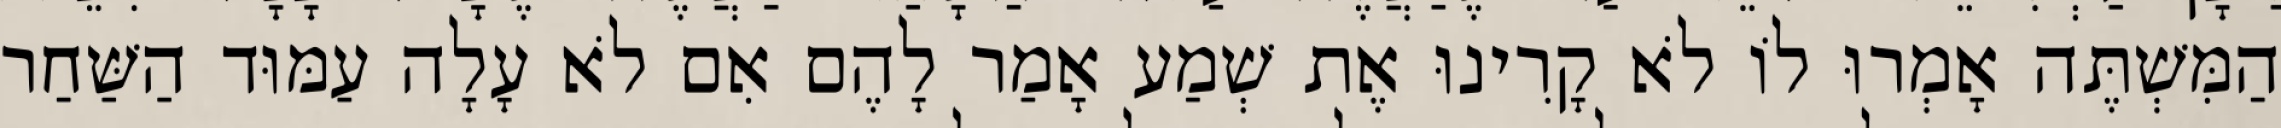
הַמִּשְׁתֶּה אָמְרוּ לוֹ לֹא קָרִינוּ אֶת שְׁמַע אָמַר לָהֶם אִם לֹא עָלָה עַמּוּד הַשַּׁחַר